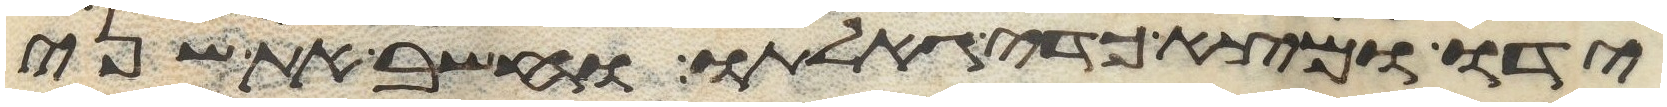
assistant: ידו ומצא כדי גאלתו וחשב את שני